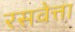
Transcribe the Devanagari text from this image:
रसवेत्ता